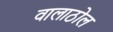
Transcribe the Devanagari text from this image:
वालाठोल